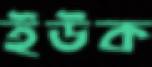
ইউক